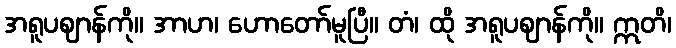
အရူပဈာန်ကို။ အာဟ၊ ဟောတော်မူပြီ။ တံ၊ ထို အရူပဈာန်ကို။ ဣတိ၊